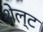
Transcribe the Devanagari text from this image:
शेल्ट